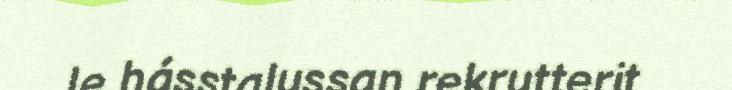
le hásstalussan rekrutterit